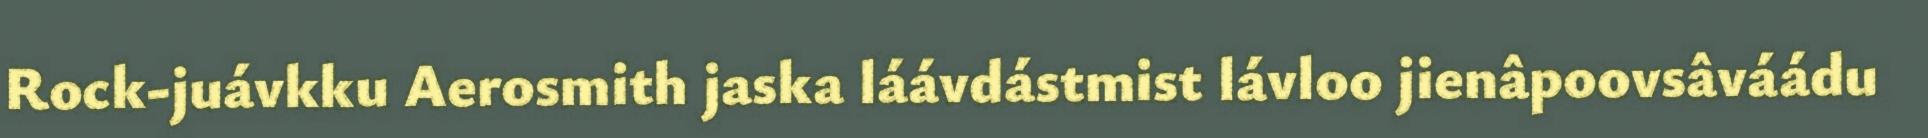
Rock-juávkku Aerosmith jaska láávdástmist lávloo jienâpoovsâváádu